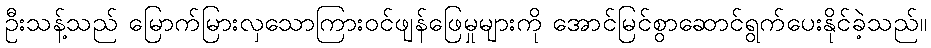
ဦးသန့်သည် မြောက်မြားလှသောကြားဝင်ဖျန်ဖြေမှုများကို အောင်မြင်စွာဆောင်ရွက်ပေးနိုင်ခဲ့သည်။